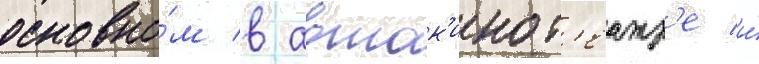
основно́м в авток'инот'еатр'е и́